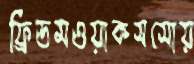
ফ্রিডমওয়ার্কসসোয়